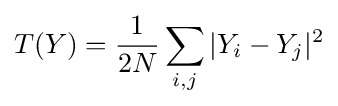
T(Y)={\dfrac {1}{2N}}\sum _{i,j}|Y_{i}-Y_{j}|^{2}